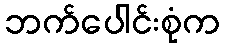
ဘက်ပေါင်းစုံက